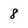
Character: 8